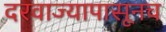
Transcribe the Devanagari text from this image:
दरवाज्यापासूनच